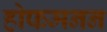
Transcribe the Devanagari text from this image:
होफमनन